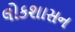
લોકશાસન